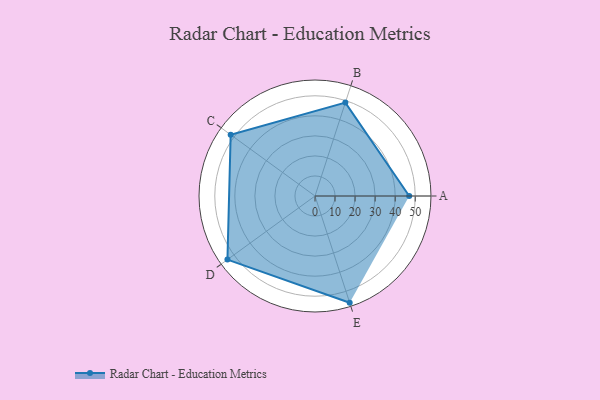
{"axis": {"x": "Skill", "y": "Score"}, "legend": ["Profile"], "data": [{"x": "A", "y": 47.0, "type": "Profile"}, {"x": "B", "y": 49.0, "type": "Profile"}, {"x": "C", "y": 52.0, "type": "Profile"}, {"x": "D", "y": 54.0, "type": "Profile"}, {"x": "E", "y": 56.0, "type": "Profile"}]}